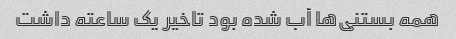
همه بستنی‌ها آب شده بود تاخیر یک ساعته داشت